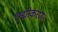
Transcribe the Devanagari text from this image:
छद्मीकरण।